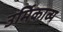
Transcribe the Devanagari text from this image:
उर्मिकाव्य